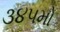
૩૪૫મો